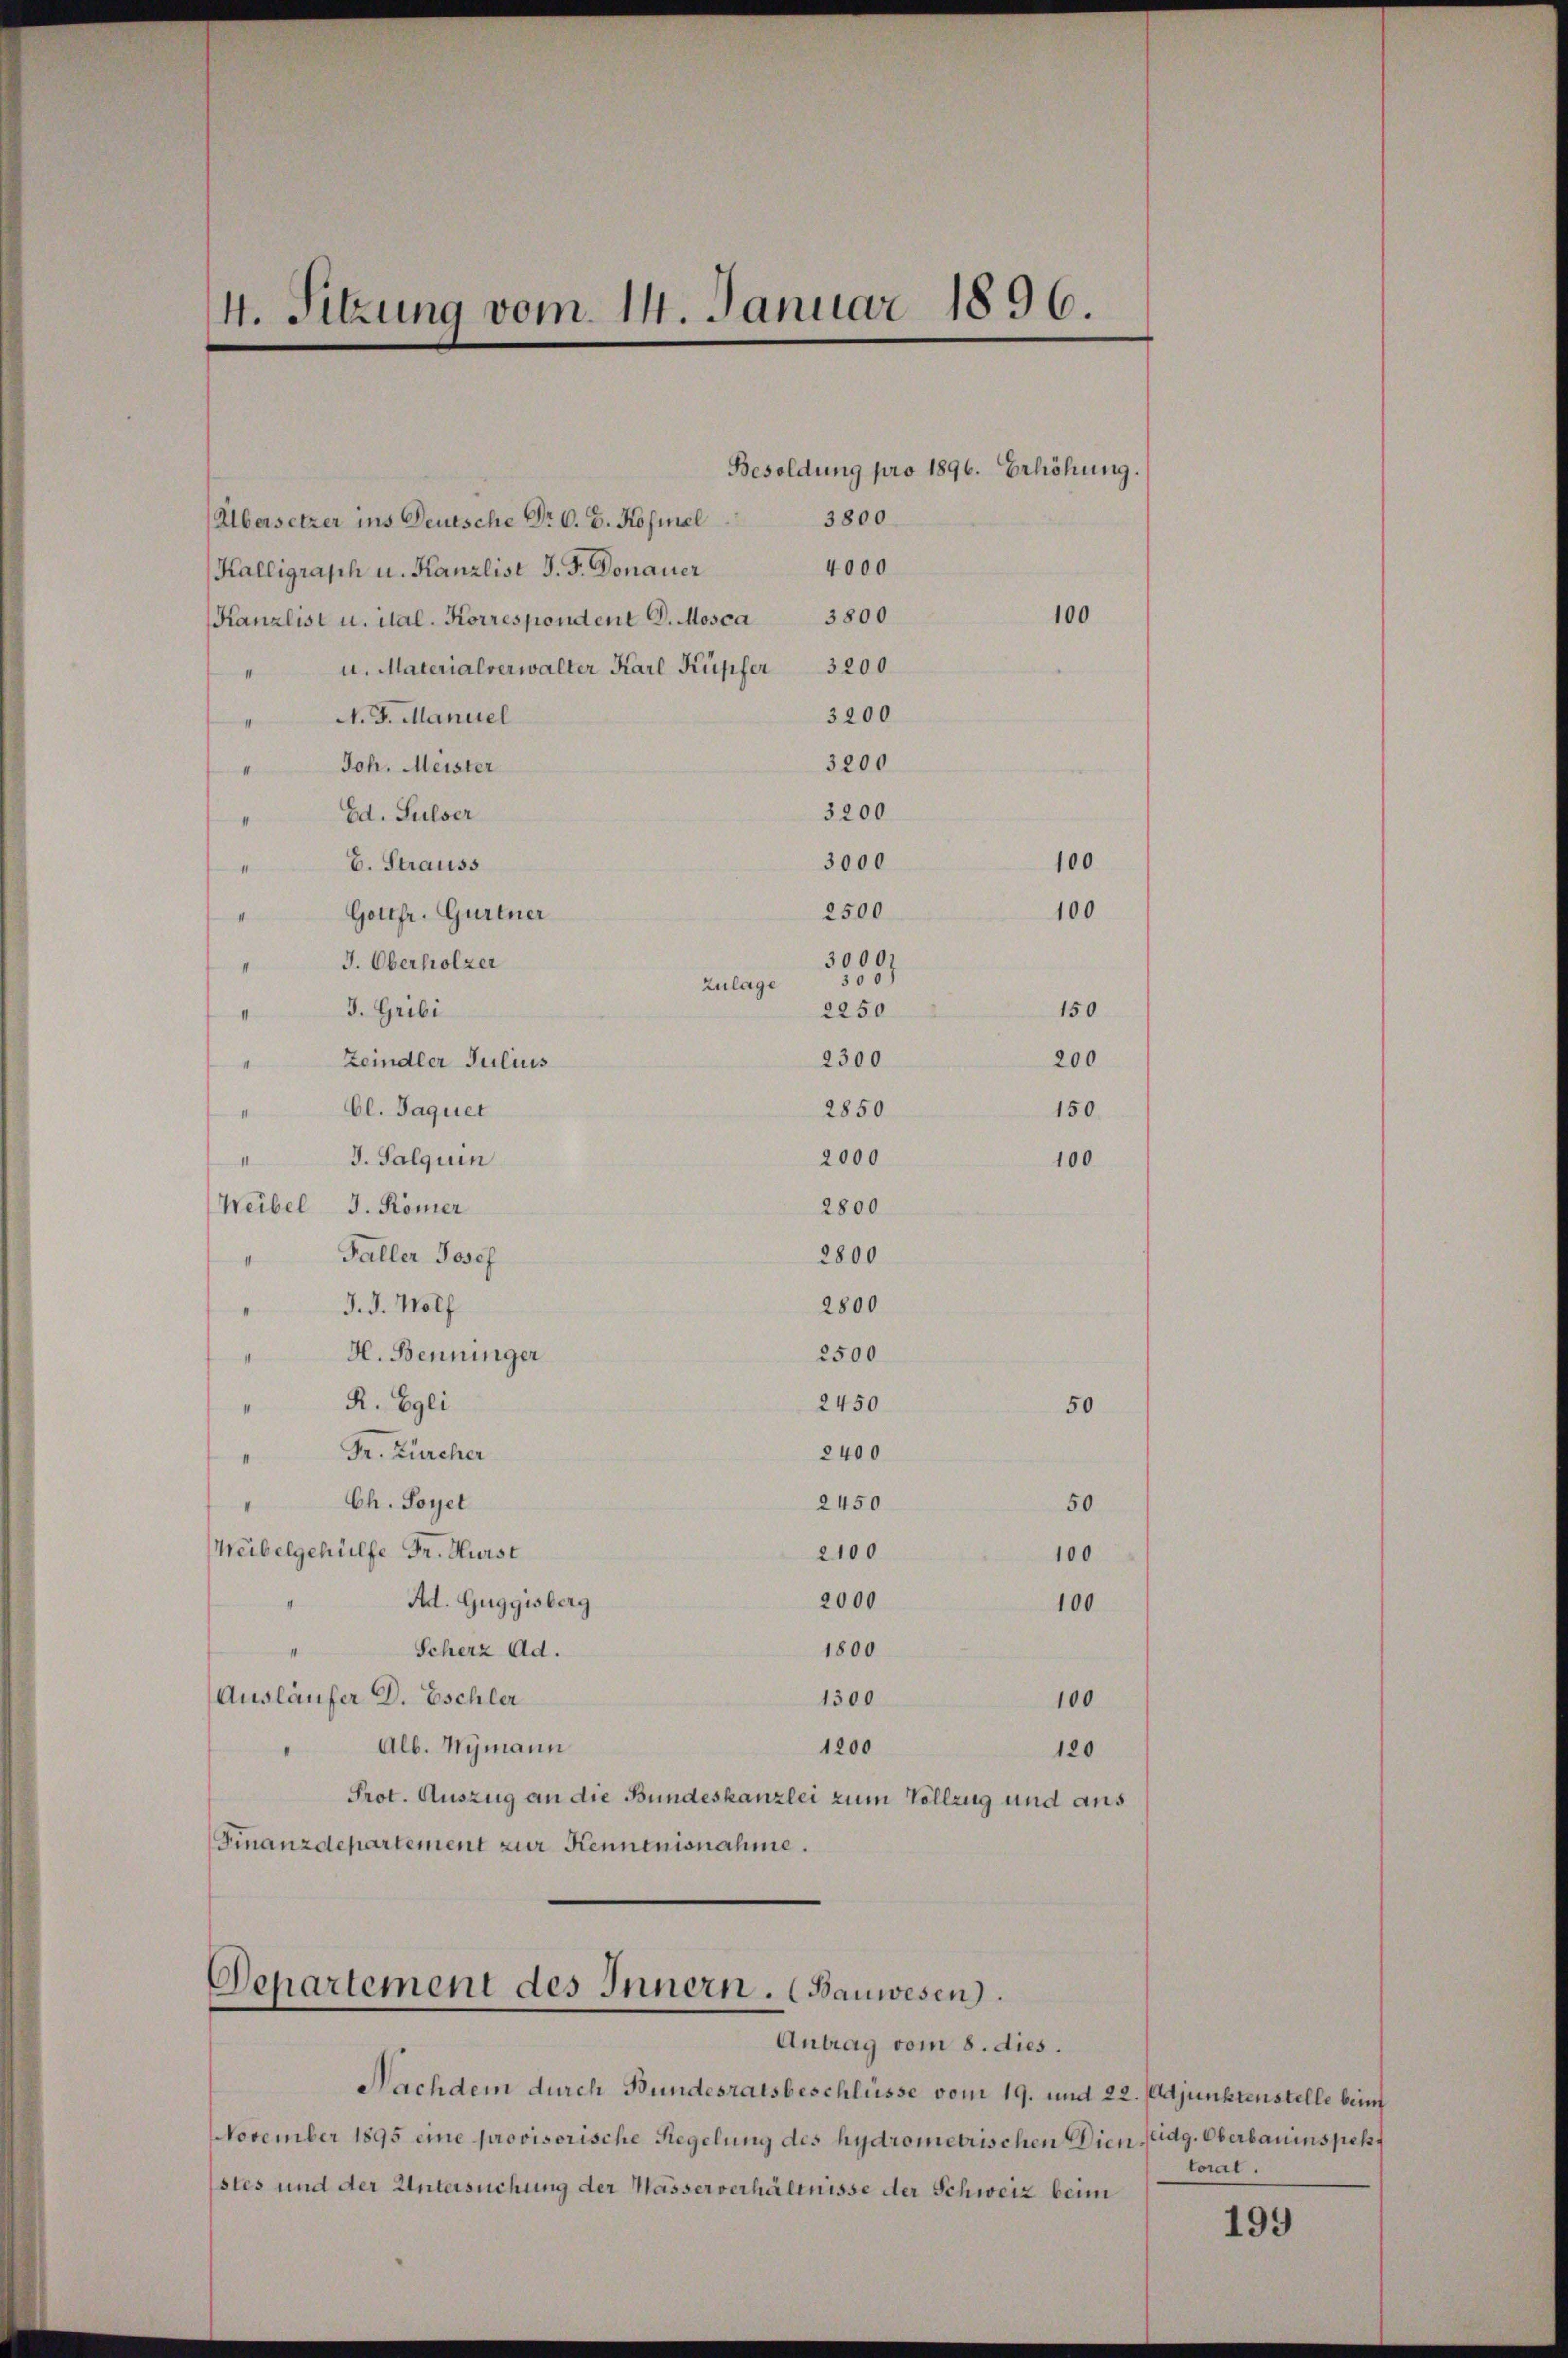
Übersetzer ins Deutsche Dr. O. B. Kofiel
Kalligraph u. Kanzlist J. J. Donauer
Kanzlist u. ital. Korrespondent D. Mosca 3800
u. Materialverwalter Karl Küpfer 3200
.
N. J. Manuel
3200
.
3200
Joh. Meister
4
3200
Ed. Sulser
3000
E. Strauss
41
2500
" Gottfr. Gurtner
3000.
J. Oberholzer
1
3007
Zulage
J. Gribi
2250
II
2300
200
Zeindler Julius
Cl. Jaquet
2850
150.
J. Salquin
2000
Weibel J. Römer
2800
Faller Josef
2800
s
J. J. Wolf
2800
H. Benninger
2500
1
R. Egli
2450
50
2400
" Dr. Zürcher
Ch. Soyet
2450
50
I
Weibelgehülfe Dr. Hürst
2100
100
2000
Ad. Guggisberg
100
1800
Scherz Ad.
Ausläufer D. Eschler
1300
100
Alb. Nymann
1200
120
I
Prot. Auszug an die Bundeskanzlei zum Vollzug und aus
Finanzdepartement zur Kenntnisnahme.

4. Sitzung vom 14. Januar 1896

Besoldung pro 1896. Erhöhung.
3800
4000

100

Departement des Innern. (Bauwesen.
Antrag vom 8. dies.

100
100

150

100

Nachdem durch Bundesratsbeschlüsse vom 19. und 22. Adjunktenstelle beim
November 1895 eine provisorische Regelung des hydrometrischen Dien fidg. Oberbauinspekt
stes und der Untersuchung der Masserverhältnisse der Schweiz beim

toral.

199